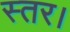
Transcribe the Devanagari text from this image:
स्तर।